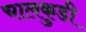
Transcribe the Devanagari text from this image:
चालकुडी